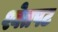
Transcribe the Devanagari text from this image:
श्वेतपट